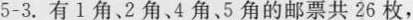
5-3.有1角。2角、4角。5角的邮票共26枚，